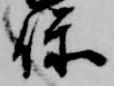
保